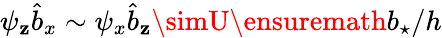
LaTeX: \psi_{\mathbf{z}}\hat{{b}}_{x}\sim\psi_{x}\hat{{b}}_{\mathbf{z}}\simU{\ensuremath{{b_{\star}}}}/h